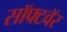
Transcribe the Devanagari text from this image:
सॉफ्टवॅर